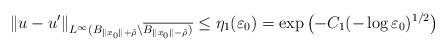
LaTeX: \begin{align*}\|u-u'\|_{L^{\infty}(B_{\|x_0\|+\tilde{\rho}}\backslash \overline{B_{\|x_0\|-\tilde{\rho}})}}\leq\eta_1(\varepsilon_0)=\exp\left(-C_1(-\log\varepsilon_0)^{1/2}\right)\end{align*}